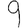
Digit: 9